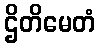
ဌိတိမေတံ